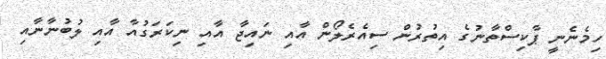
ހިމެނެނީ ޕާކިސްތާނުގެ އިތުރުން ސިއެރެލޯން އާއި ނައިޖާ އާއި ނިކަރަގުއާ އާއި ލުބުނާނާއި